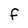
Character: F